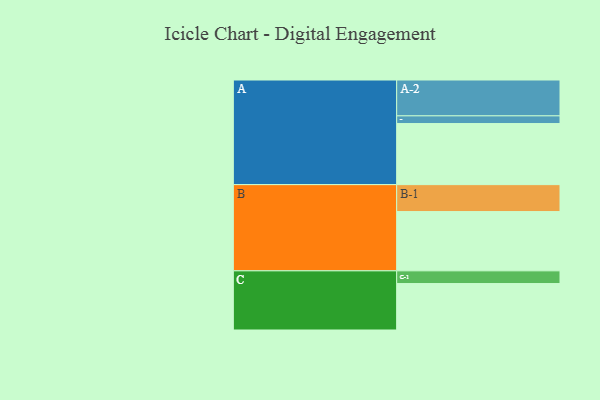
{"axis": {"x": "Segment", "y": "Value"}, "legend": ["", "A", "B", "C"], "data": [{"x": "A", "y": 501, "type": ""}, {"x": "B", "y": 486, "type": ""}, {"x": "C", "y": 381, "type": ""}, {"x": "A-1", "y": 63, "type": "A"}, {"x": "A-2", "y": 294, "type": "A"}, {"x": "B-1", "y": 221, "type": "B"}, {"x": "C-1", "y": 104, "type": "C"}]}